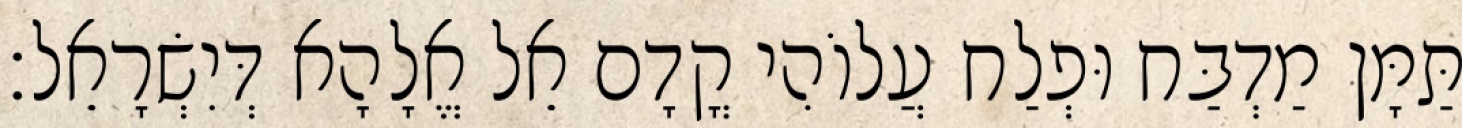
תַּמָּן מַדְבַּח וּפְלַח עֲלוֹהִי קֳדָם אֵל אֱלָהָא דְּיִשְׂרָאֵל׃